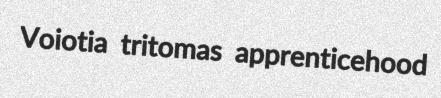
Voiotia tritomas apprenticehood